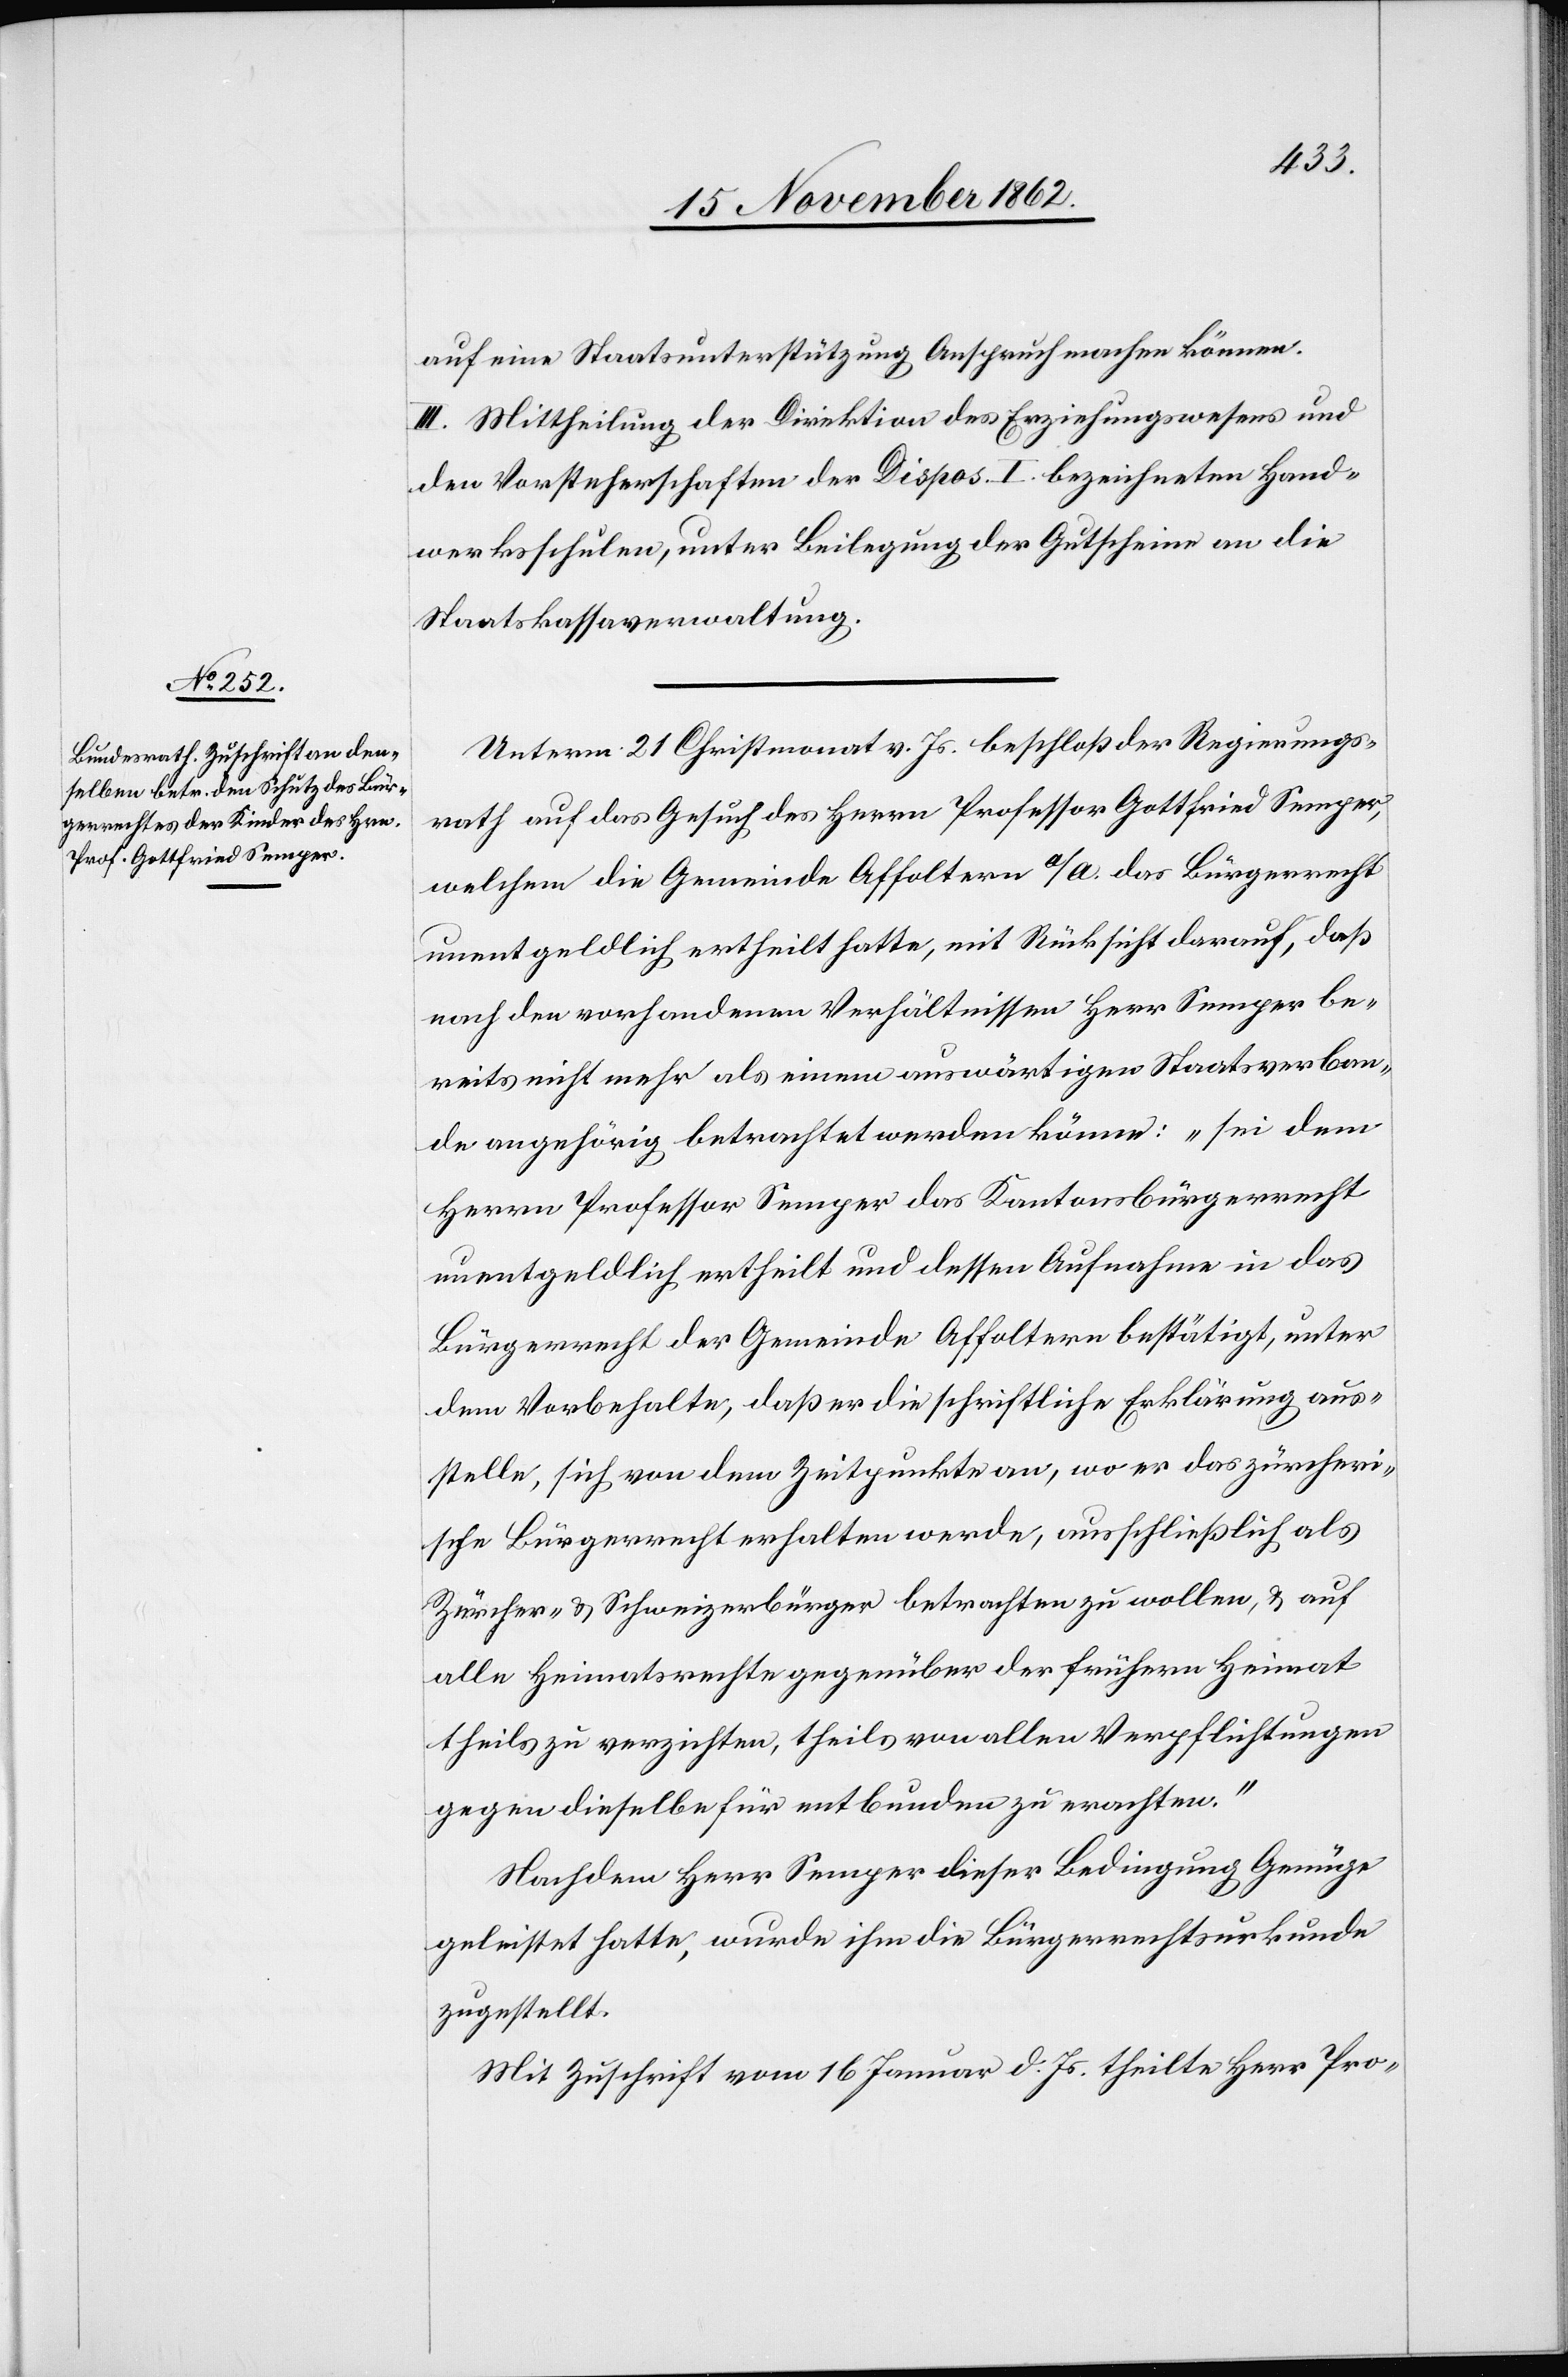
auf eine Staatsunterstützung Anspruch machen können.
III. Mittheilung der Direktion des Erziehungswesens und
den Vorsteherschaften der Dispos. I. bezeichneten Hand¬
werksschulen, unter Beilegung der Gutscheine an die
Staatskassaverwaltung.
Unterm 21. Christmonat v. Js. beschloß der Regierungs¬
rath auf das Gesuch des Herrn Professor Gottfried Semper,
welchem die Gemeinde Affoltern a/A. das Bürgerrecht
unentgeldlich ertheilt hatte, mit Rücksicht darauf, daß
nach den vorhandenen Verhältnissen Herr Semper be¬
reits nicht mehr als einem auswärtigen Staatsverban¬
de angehörig betrachtet werden könne: „sei dem
Herrn Professor Semper das Kantonsbürgerrecht
unentgeldlich ertheilt und dessen Aufnahme in das
Bürgerrecht der Gemeinde Affoltern bestätigt, unter
dem Vorbehalte, daß er die schriftliche Erklärung aus¬
stelle, sich von dem Zeitpunkte an, wo er das zürcheri¬
sche Bürgerrecht erhalten werde, ausschließlich als
Zürcher- u. Schweizerbürger betrachten zu wollen, u. auf
alle Heimatsrechte gegenüber der frühern Heimat
theils zu verzichten, theils von allen Verpflichtungen
gegen dieselbe für entbunden zu erachten.“
Nachdem Herr Semper dieser Bedingung Genüge
geleistet hatte, wurde ihm die Bürgerrechtsurkunde
zugestellt.
Mit Zuschrift vom 16. Januar d. Js. theilte Herr Pro-